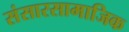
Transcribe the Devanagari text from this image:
संसारसामाजिक